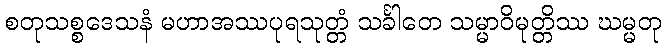
စတုသစ္စဒေသနံ မဟာအဿပုရသုတ္တံ သင်္ခါတေ သမ္မာဝိမုတ္တိဿ ဃမ္မတု